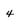
Character: 4